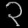
Digit: ၃